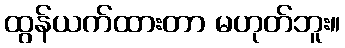
ထွန်ယက်ထားတာ မဟုတ်ဘူး။